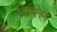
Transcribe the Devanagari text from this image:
ज़ेप्लिन